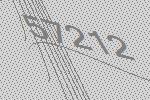
57212